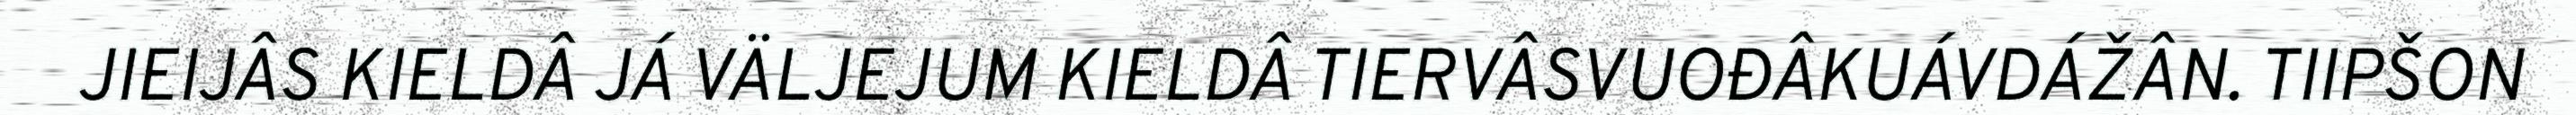
JIEIJÂS KIELDÂ JÁ VÄLJEJUM KIELDÂ TIERVÂSVUOĐÂKUÁVDÁŽÂN. TIIPŠON